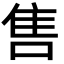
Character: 售